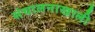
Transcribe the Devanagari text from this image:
संचालनाखाली